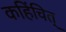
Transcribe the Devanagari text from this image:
कहिंचित्‌